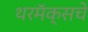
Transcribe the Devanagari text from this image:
थरमॅक्सचे